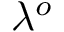
\lambda ^ { o }